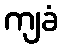
ကျခံ